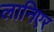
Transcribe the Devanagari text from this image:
लानिएर